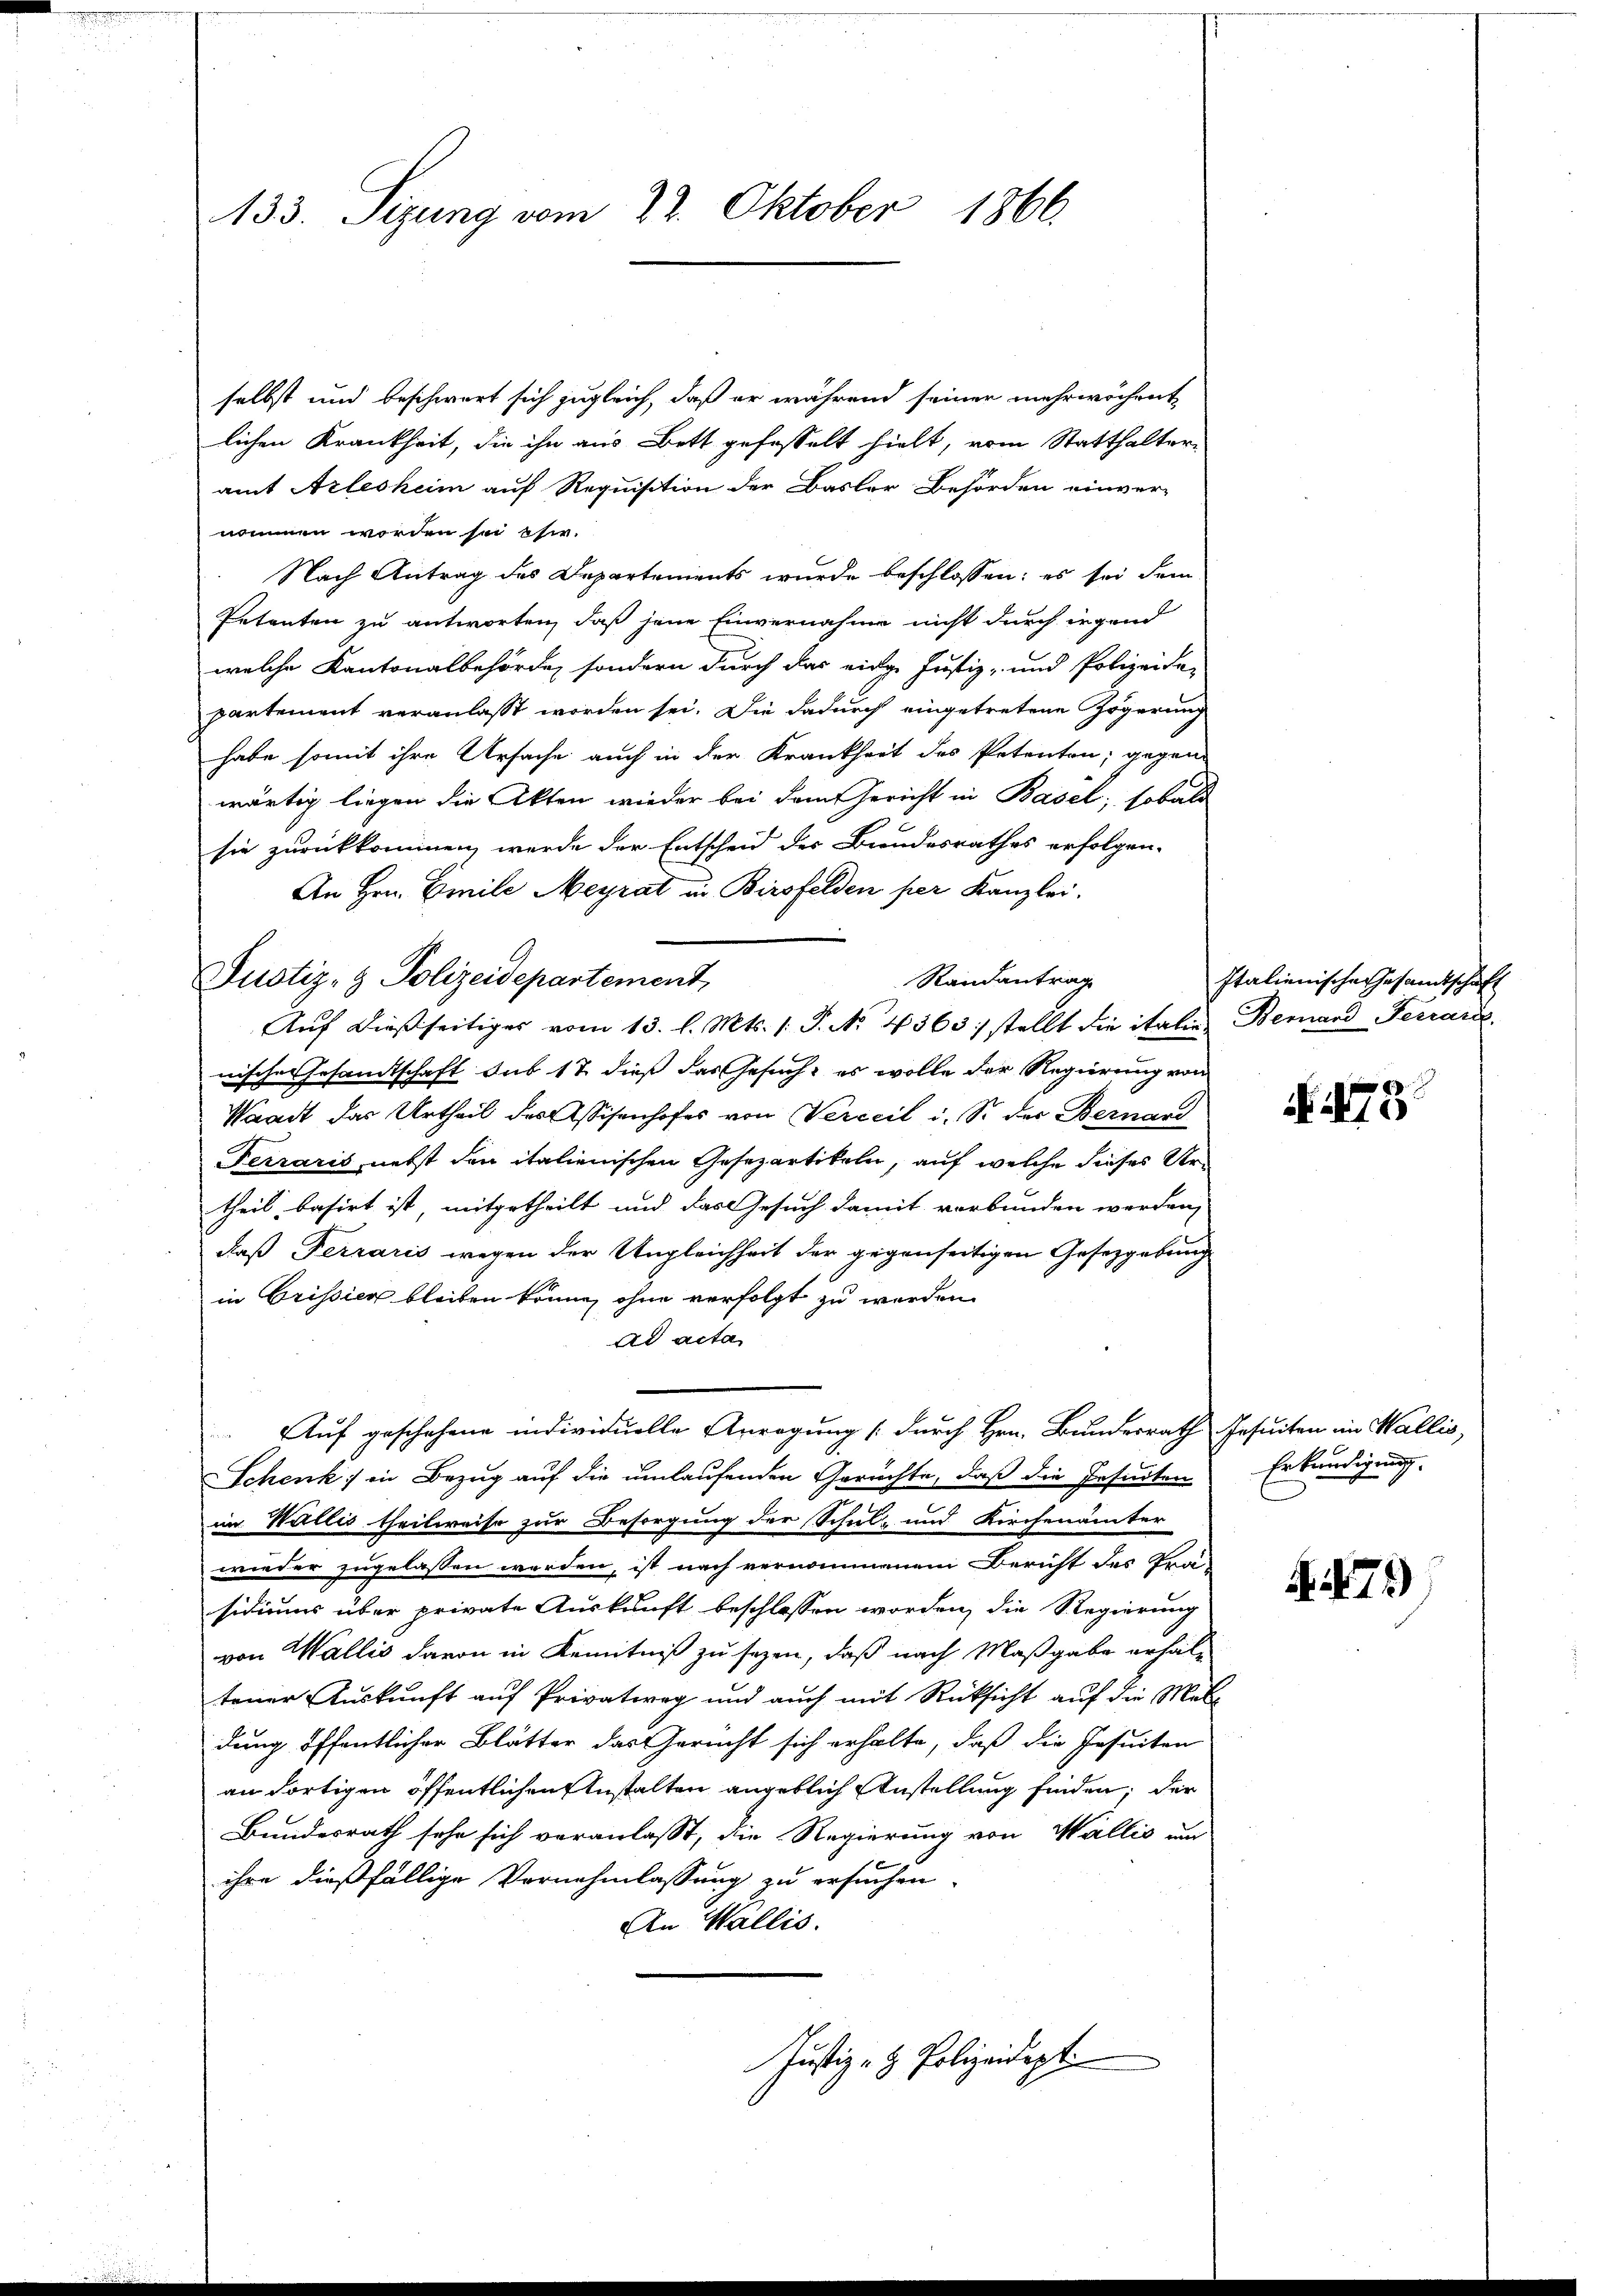
133. Sizung vom 22. Oktober 1866.

selbst und beschwert sich zugleich, daß er während seiner mehrwöchent
lichen Krankheit, die ihn aus Bett gefasselt hielt, vom Statthalteramt Arlesheim auf Requisition der Basler Behörden einver-
nommen worden sei esi.
Nach Antrag des Departements wurde beschlossen: es sei dem
Petenten zu antworten, daß jene Einvernahme nicht durch irgend
welche Kantonalbehörde, sondern durch das eidge Justiz- und Polizeide-
partement veranlasst worden sei. Die dadurch eingetretene Zögerung
habe somit ihre Ursache auch in der Krankheit des Petenten; gegen-
wärtig liegen die Akten wieder bei dem Gericht in Basel; sobald
sie zurückkommen werde der Entscheid des Bundesrathes erfolgen.
An Hrn. Emile Meyrat in Birsfelden per Kanzlei.
Justiz- & Polizeidepartement,
Randantrag
nische Gesandtschaft sub 12 dieß das Gesuch, es wolle der Regierung von
Waadt das Urtheil des Assisenhofes von Verteil i. So der Bernand
Ferraris, nebst den italienischen Gesezartikeln, auf welche dieses Urtheil, basirt ist, mitgetheilt und das Gesuch damit verbunden werden,
daß Ferraris wegen der Ungleichheit der gegenseitigen Gesetzgebung
in Crissier bleiben könne, ohne verfolgt zu werden.
ad acta
Auf geschehene individuelle Anregung (durch Hrn. Bunderrath Jesuiten in Wallis,
Schenk in Bezug auf die umlaufenden Gerichte, daß die Jesuiten
im Wallis theilweise zur Besorgung der Schul- und Kirchenämter
wieder zugelassen werden, ist nach vernommenem Bericht des Prä-
sidiums über private Auskunft beschlossen worden, die Regierung
von Wallis davon in Kenntniß zu sezen, daß nach Maßgabe erhaltener Auskunft auf Privatweg und auch mit Rücksicht auf die Met
dung öffentlicher Blätter das Gericht sich erhalte, daß die Jesuiten
an dortigen öffentlichen Anstalten angeblich Anstellung finden; der
Bundesrath sehe sich veranlaßt, die Regierung von Wallis und
ihre dießfällige Vornehmlassung zu ersuchen.
An Wallis.
Justiz- & Polizeidept.

Aŭf dießseitiges vom 13. l. Mts. s. S. N. 4363. stellt die italie Bernard Ferraris,

Italienische Gesamtschaft

N. 273

Erkundigung.

A479)